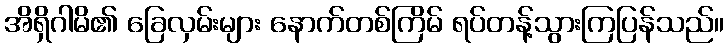
အိရှိဂါမိ၏ ခြေလှမ်းများ နောက်တစ်ကြိမ် ရပ်တန့်သွားကြပြန်သည်။